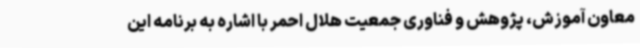
معاون آموزش، پژوهش و فناوری جمعیت هلال احمر با اشاره به برنامه این